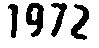
1972